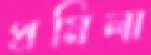
প্রমিলা